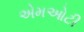
એમઓટી